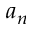
a _ { n }